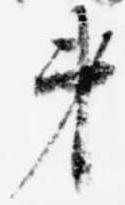
第